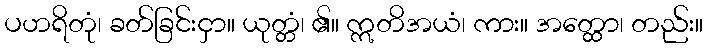
ပဟရိတုံ၊ ခတ်ခြင်းငှာ။ ယုတ္တံ၊ ၏။ ဣတိအယံ၊ ကား။ အတ္ထော၊ တည်း။